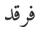
فرقد